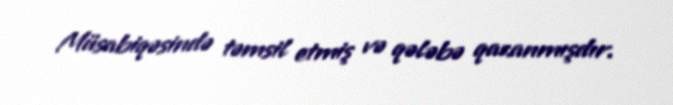
Müsabiqəsində təmsil etmiş və qələbə qazanmışdır.